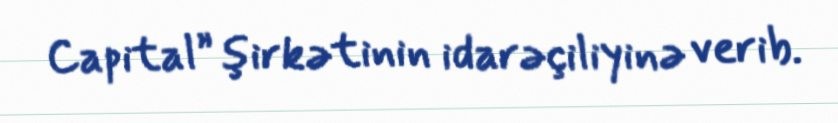
Capital” şirkətinin idarəçiliyinə verib.